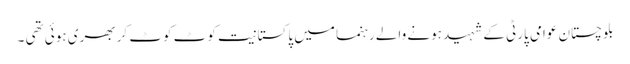
بلوچستان عوامی پارٹی کے شہید ہونے والے رہنما میں پاکستانیت کوٹ کوٹ کر بھری ہوئی تھی ۔